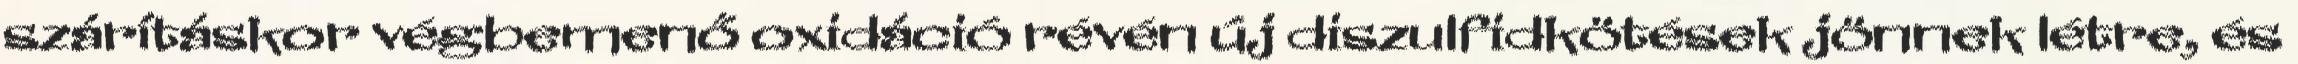
szárításkor végbemenő oxidáció révén új diszulfidkötések jönnek létre, és